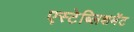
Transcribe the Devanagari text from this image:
एस्टेब्लिशमेंट